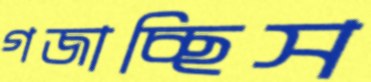
গজাচ্ছিস